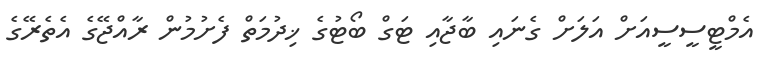
އެމްޓީސީސީއަށް އަލަށް ގެނައި ބާޖާއި ޓަގް ބޯޓުގެ ޚިދުމަތް ފެށުމުން ރާއްޖޭގެ އެތެރޭގެ